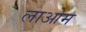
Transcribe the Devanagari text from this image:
लाओम